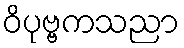
ဝိပုဗ္ဗကသညာ